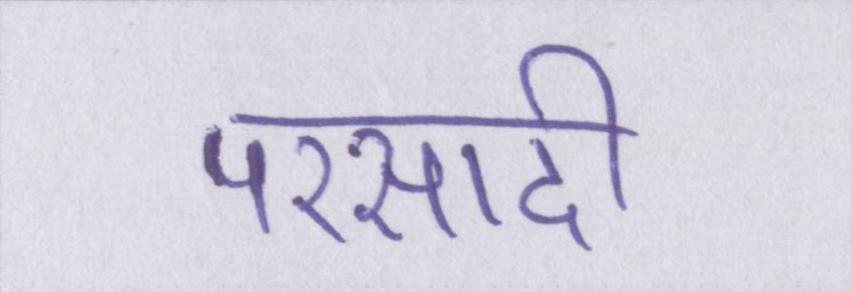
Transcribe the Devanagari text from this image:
परसादी